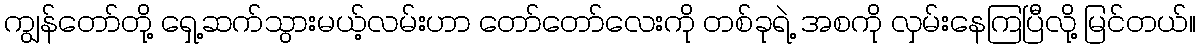
ကျွန်တော်တို့ ရှေ့ဆက်သွားမယ့်လမ်းဟာ တော်တော်လေးကို တစ်ခုရဲ့ အစကို လှမ်းနေကြပြီလို့ မြင်တယ်။